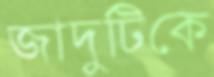
জাদুটিকে